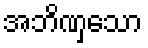
အဘိဏှသော